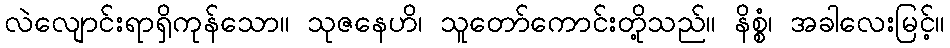
လဲလျောင်းရာရှိကုန်သော။ သုဇနေဟိ၊ သူတော်ကောင်းတို့သည်။ နိစ္စံ၊ အခါလေးမြင့်။